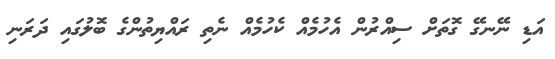
އަޑި ނޭނގޭ ގޮތަށް ސިއްރުން އެހުމެއް ކެހުމެއް ނެތި ރައްޔިތުންގެ ބޮލުގައި ދަރަނި